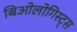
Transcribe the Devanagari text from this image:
बिओलोगिस्ट्स